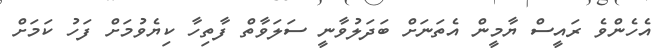
އެހެންވެ ރައީސް ޔާމީން އެތަނަށް ބަދަލުވާނީ ސަލަވާތް ފާތިހާ ކިޔެވުމަށް ފަހު ކަމަށް